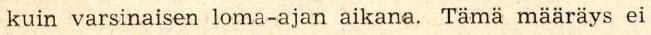
kuin varsinaisen loma-ajan aikana. Tämä määräys ei